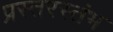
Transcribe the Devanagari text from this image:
प्रस्तरस्तंभ